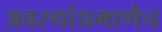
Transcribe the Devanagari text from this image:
अवस्थांप्रमाणेच